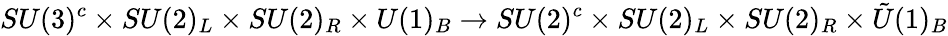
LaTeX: SU(3)^{c}\times SU(2)_{L}\times SU(2)_{R}\times U(1)_{B}\rightarrow SU(2)^{c}\times SU(2)_{L}\times SU(2)_{R}\times{\tilde{U}}(1)_{B}